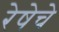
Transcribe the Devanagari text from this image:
रेषेचे